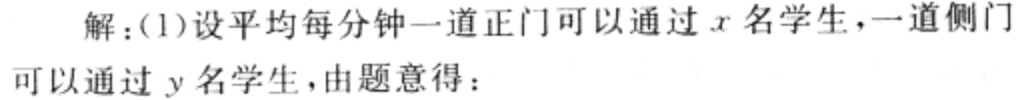
解：(1)设平均每分钟一道正门可以通过\(x\)名学生，一道侧门可以通过\(y\)名学生，由题意得：